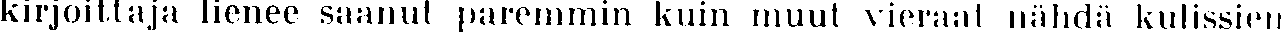
kirjoittaja lienee saanut paremmin kuin muut vieraat nähdä kulissien